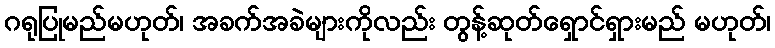
ဂရုပြုမည်မဟုတ်၊ အခက်အခဲများကိုလည်း တွန့်ဆုတ်ရှောင်ရှားမည် မဟုတ်၊